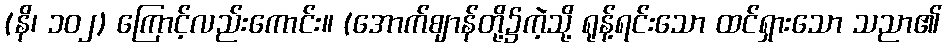
(နိ၊ ၁၀၂) ကြောင့်လည်းကောင်း။ (အောက်ဈာန်တို့၌ကဲ့သို့ ရုန့်ရင်းသော ထင်ရှားသော သညာ၏